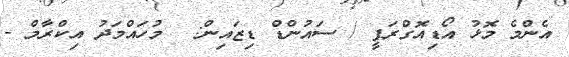
އެންމެ މޮޅު އޯޑިއޮގްރަފީ / ސައުންޑް ޑިޒައިން:  މުހައްމަދު އިކްރާމް -